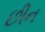
છીન